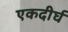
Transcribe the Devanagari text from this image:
एकदीर्घ